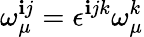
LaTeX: \omega_{\mu}^{\mathbf{i}j}=\epsilon^{\mathbf{i}jk}\omega_{\mu}^{k}